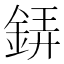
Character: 𲇎